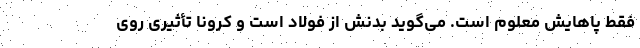
فقط پاهایش معلوم است. می‌گوید بدنش از فولاد است و کرونا تأثیری روی